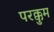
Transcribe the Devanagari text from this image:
परक्कुम